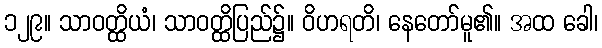
၁၂၉။ သာဝတ္ထိယံ၊ သာဝတ္ထိပြည်၌။ ဝိဟရတိ၊ နေတော်မူ၏။ အထ ခေါ၊